Problem: 3 × 8 = ?
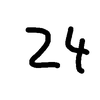
Handwritten answer: 24